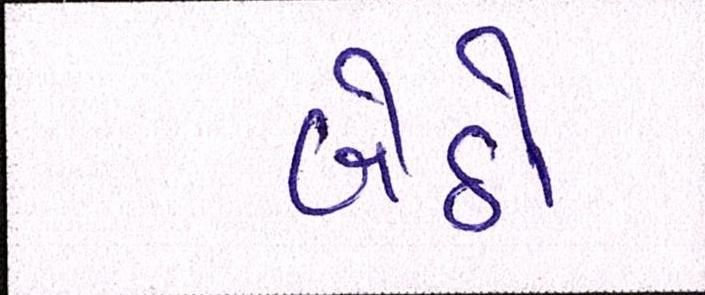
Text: બેઠો